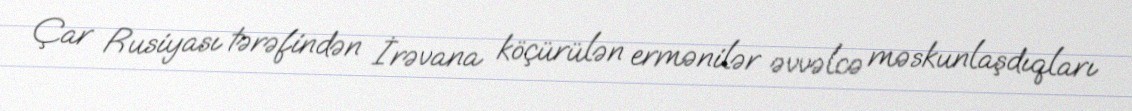
Çar Rusiyası tərəfindən İrəvana köçürülən ermənilər əvvəlcə məskunlaşdıqları